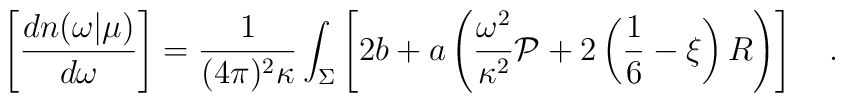
\left[{dn (\omega|\mu)\over d\omega}\right]={1 \over (4\pi)^2\kappa}\int_{\Sigma}\left[2b+a\left({\omega^2 \over \kappa^2}{\cal P}+2\left(\frac 16-\xi\right) R\right)\right]~~~.